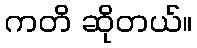
ကတိ ဆိုတယ်။